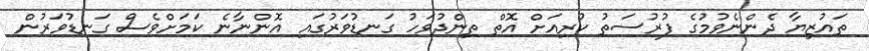
ތައުޒިޔާ ދެންނެވުމުގެ ފުރުސަތު ކުރިއަށް އޮތް ތިންދުވަހު ގަނޑުވަރުގައި އޮންނާނެ ކަމަށްވެސް ގަނޑުވަރުން